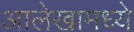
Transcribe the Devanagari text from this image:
आलेखामध्ये